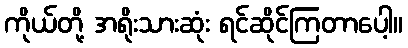
ကိုယ်တို့ အရိုးသားဆုံး ရင်ဆိုင်ကြတာပေါ့။